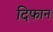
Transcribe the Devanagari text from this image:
दिफान